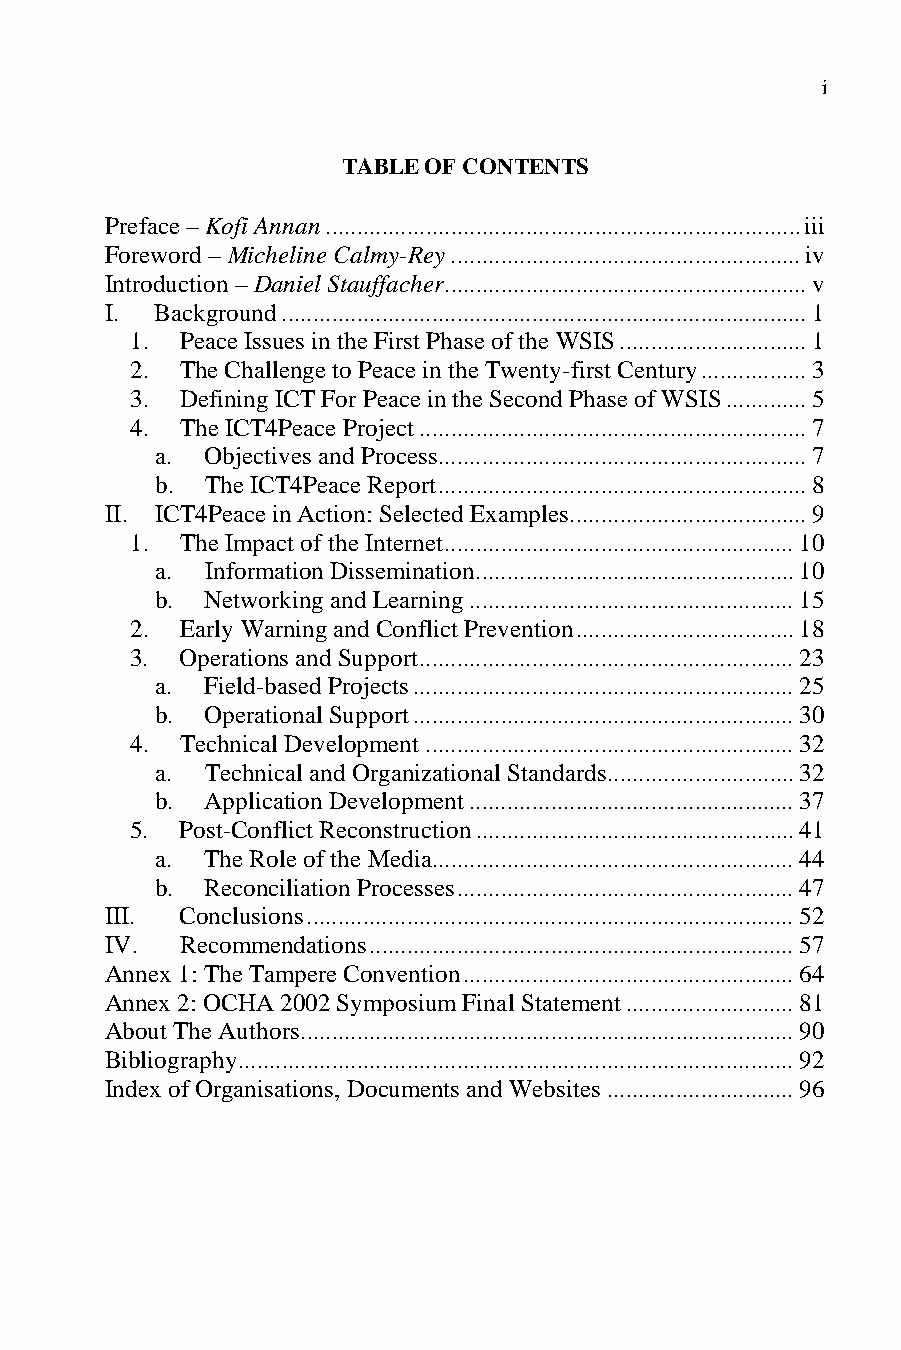
i
 TABLE OF CONTENTS
 Preface – Kofi Annan............................................................................iii
 Foreword – Micheline Calmy-Rey........................................................iv
 Introduction – Daniel Stauffacher..........................................................v
 I. Background....................................................................................1
 1. Peace Issues in the First Phase of the WSIS..............................1
 2. The Challenge to Peace in the Twenty-first Century.................3
 3. Defining ICT For Peace in the Second Phase of WSIS.............5
 4. The ICT4Peace Project..............................................................7
 a.  Objectives and Process...........................................................7
 b.  The ICT4Peace Report...........................................................8
 II. ICT4Peace in Action: Selected Examples......................................9
 1. The Impact of the Internet........................................................10
 a.  Information Dissemination...................................................10
 b.  Networking and Learning....................................................15
 2. Early Warning and Conflict Prevention...................................18
 3. Operations and Support............................................................23
 a.  Field-based Projects.............................................................25
 b.  Operational Support.............................................................30
 4. Technical Development...........................................................32
 a.  Technical and Organizational Standards..............................32
 b.  Application Development....................................................37
 5. Post-Conflict Reconstruction...................................................41
 a.  The Role of the Media..........................................................44
 b.  Reconciliation Processes......................................................47
 III. Conclusions..............................................................................52
 IV.  Recommendations....................................................................57
 Annex 1: The Tampere Convention.....................................................64
 Annex 2: OCHA 2002 Symposium Final Statement...........................81
 About The Authors...............................................................................90
 Bibliography.........................................................................................92
 Index of Organisations, Documents and Websites..............................96